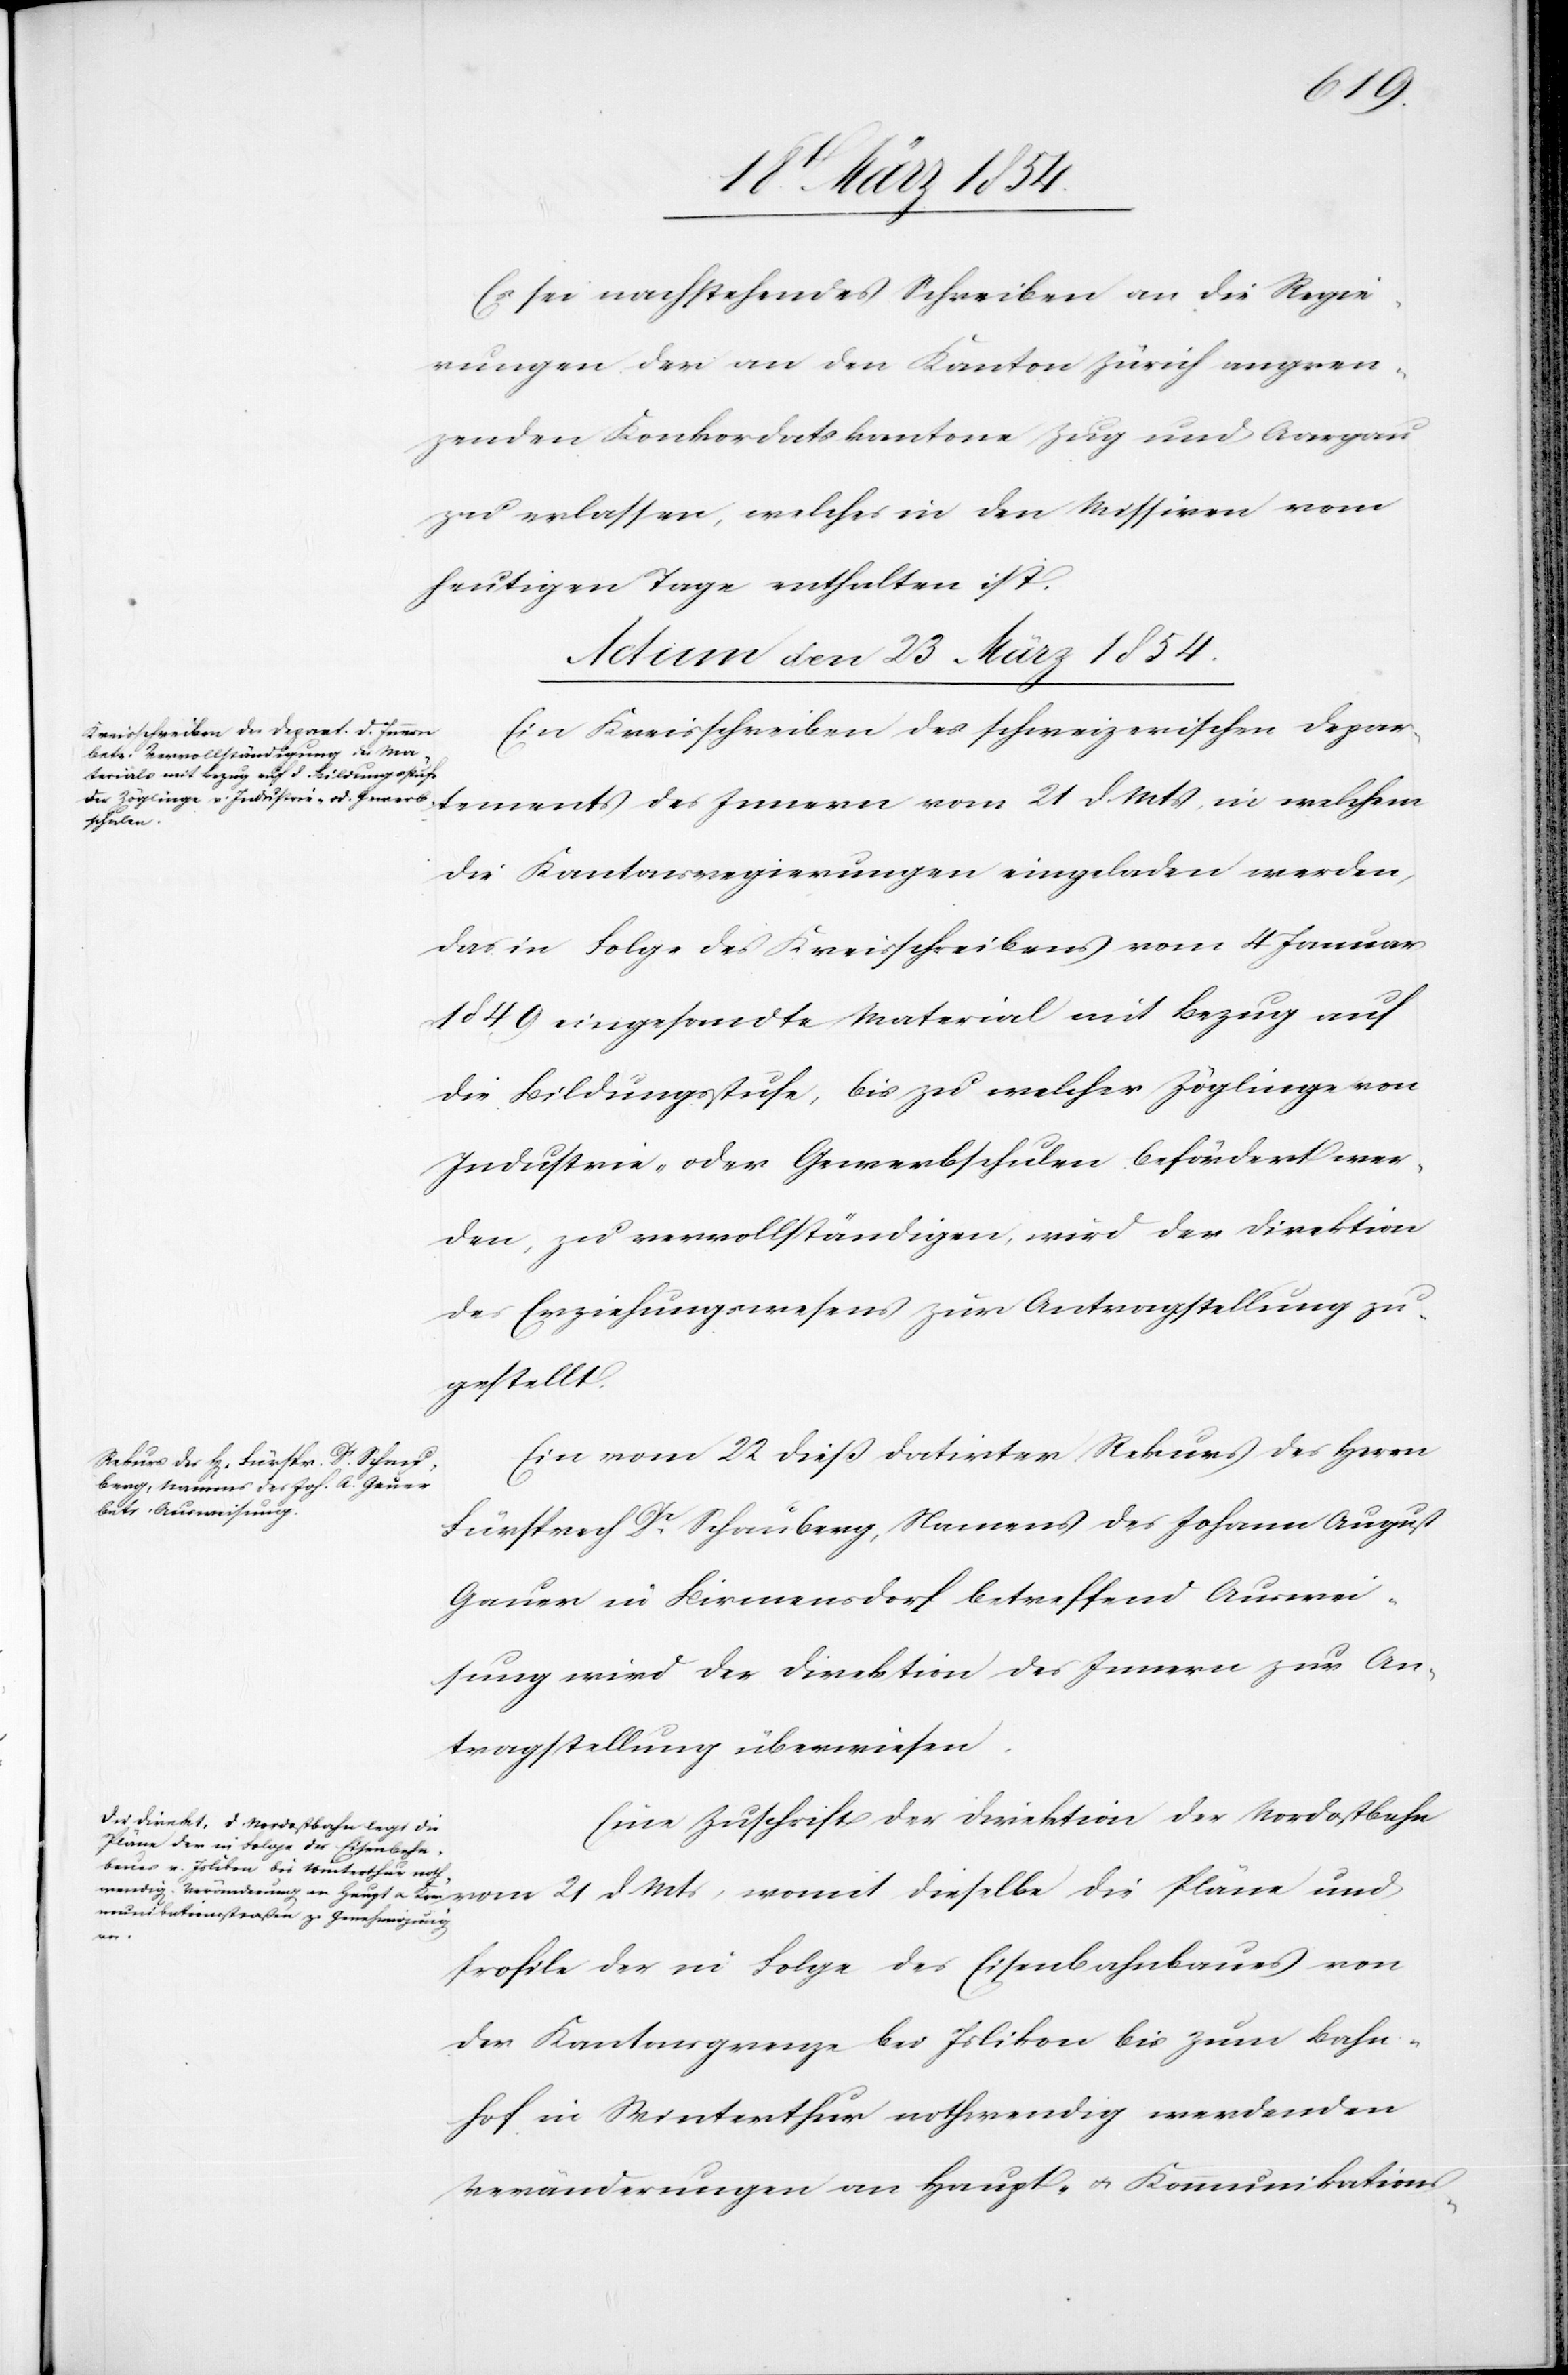
d. Mts,
Es sei nachstehendes Schreiben an die Regie¬
rungen der an den Kanton Zürich angren¬
zenden Konkordatskantone Zug und Aargau
zu erlassen, welches in den Missiven vom
heutigen Tage enthalten ist.
Actum den 23. März 1854.]
Ein Kreisschreiben des schweizerischen Depar¬
die Kantonsregierungen eingeladen werden,
das in Folge des Kreisschreibens vom 4 Januar
1849 eingesandte Material mit Bezug auf
die Bildungsstufe, bis zu welcher Zöglinge von
Industrie- oder Gewerbschulen befördert wer¬
den, zu vervollständigen, wird der Direktion
des Erziehungswesens zur Antragstellung zu¬
gestellt.
Ein vom 22 dieß datirter Rekurs des Herrn
Fürsprech Dr Schauberg, Namens des Johann August
Gauer in Birmensdorf betreffend Auswei¬
sung wird der Direktion des Innern zur An¬
tragstellung überwiesen.
Eine Zuschrift der Direktion der Nordostbahn
und
Profile der in Folge des Eisenbahnbaues von
der Kantonsgruppe bei Islikon bis zum Bahn¬
hof in Winterthur nothwendig werdenden
Veränderungen an Haupt- u. Kommunikations-